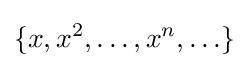
\{x,x^{2},\ldots ,x^{n},\ldots \}